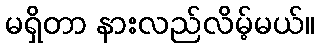
မရှိတာ နားလည်လိမ့်မယ်။